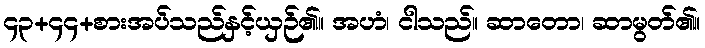
၄၃+၄၄+စားအပ်သည်နှင့်ယှဉ်၏။ အဟံ၊ ငါသည်။ ဆာတော၊ ဆာမွတ်၏။